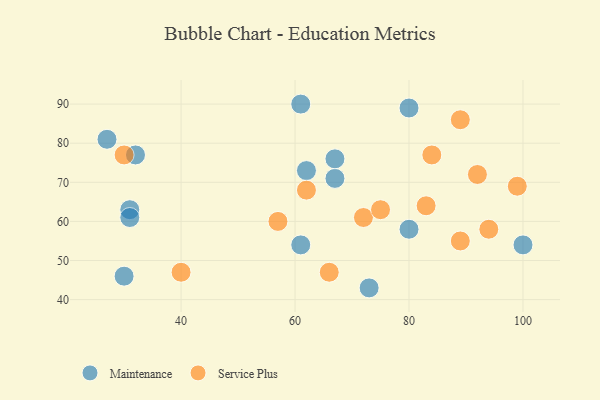
{"axis": {"x": "GDP", "y": "Life Expectancy"}, "legend": ["Maintenance", "Service Plus"], "data": [{"x": "61", "y": 54, "type": "Maintenance"}, {"x": "61", "y": 90, "type": "Maintenance"}, {"x": "31", "y": 63, "type": "Maintenance"}, {"x": "31", "y": 61, "type": "Maintenance"}, {"x": "27", "y": 81, "type": "Maintenance"}, {"x": "73", "y": 43, "type": "Maintenance"}, {"x": "62", "y": 73, "type": "Maintenance"}, {"x": "67", "y": 71, "type": "Maintenance"}, {"x": "67", "y": 76, "type": "Maintenance"}, {"x": "80", "y": 58, "type": "Maintenance"}, {"x": "100", "y": 54, "type": "Maintenance"}, {"x": "80", "y": 89, "type": "Maintenance"}, {"x": "30", "y": 46, "type": "Maintenance"}, {"x": "32", "y": 77, "type": "Maintenance"}, {"x": "94", "y": 58, "type": "Service Plus"}, {"x": "62", "y": 68, "type": "Service Plus"}, {"x": "89", "y": 86, "type": "Service Plus"}, {"x": "92", "y": 72, "type": "Service Plus"}, {"x": "30", "y": 77, "type": "Service Plus"}, {"x": "72", "y": 61, "type": "Service Plus"}, {"x": "75", "y": 63, "type": "Service Plus"}, {"x": "66", "y": 47, "type": "Service Plus"}, {"x": "57", "y": 60, "type": "Service Plus"}, {"x": "83", "y": 64, "type": "Service Plus"}, {"x": "99", "y": 69, "type": "Service Plus"}, {"x": "40", "y": 47, "type": "Service Plus"}, {"x": "84", "y": 77, "type": "Service Plus"}, {"x": "89", "y": 55, "type": "Service Plus"}]}